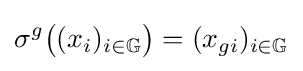
\sigma ^{g}{\big (}(x_{i})_{i\in \mathbb {G} }{\big )}=(x_{gi})_{i\in \mathbb {G} }